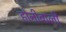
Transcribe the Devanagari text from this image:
होनीवाली